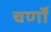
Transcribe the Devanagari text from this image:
चर्णों